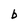
Character: b